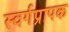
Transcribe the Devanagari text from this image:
स्वर्गप्रापक